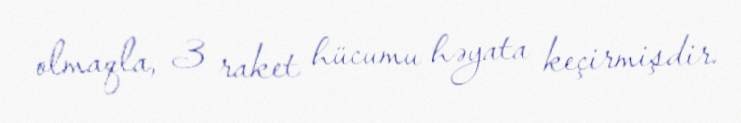
olmaqla, 3 raket hücumu həyata keçirmişdir.